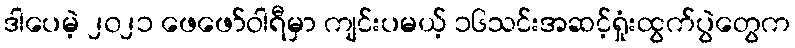
ဒါပေမဲ့ ၂၀၂၁ ဖေဖော်ဝါရီမှာ ကျင်းပမယ့် ၁၆သင်းအဆင့်ရှုံးထွက်ပွဲတွေက